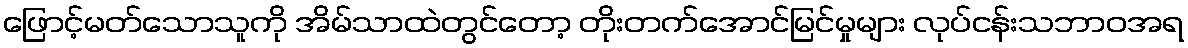
ဖြောင့်မတ်သောသူကို အိမ်သာထဲတွင်တော့ တိုးတက်အောင်မြင်မှုများ လုပ်ငန်းသဘာဝအရ